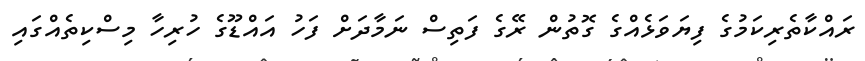
ރައްކާތެރިކަމުގެ ފިޔަވަޅެއްގެ ގޮތުން ރޭގެ ފަތިސް ނަމާދަށް ފަހު އައްޑޫގެ ހުރިހާ މިސްކިތެއްގައި